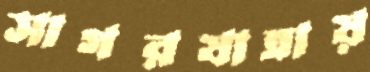
সাগরযাত্রায়